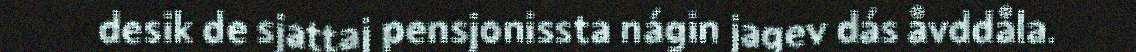
desik de sjattaj pensjonissta nágin jagev dás åvddåla.